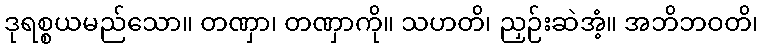
ဒုရစ္စယမည်သော။ တဏှာ၊ တဏှာကို။ သဟတိ၊ ညှဉ်းဆဲအံ့။ အဘိဘဝတိ၊